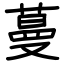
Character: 蔓